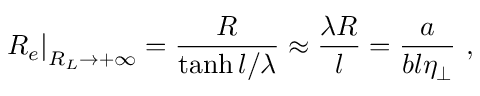
\left. R _ { e } \right| _ { R _ { L } \rightarrow + \infty } = \frac { R } { \operatorname { t a n h } l / \lambda } \approx \frac { \lambda R } { l } = \frac { a } { b l \eta _ { \perp } } \mathrm { ~ , ~ }